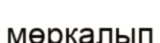
мөрқалып